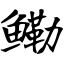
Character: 鳓